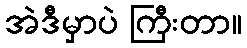
အဲဒီမှာပဲ ကြီးတာ။